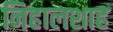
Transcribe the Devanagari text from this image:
निहालशाह